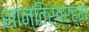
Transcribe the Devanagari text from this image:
शान्तिर्ब्रह्म